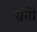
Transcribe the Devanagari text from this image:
ग्रंतों